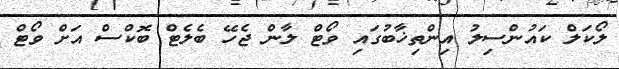
ލޯކަލް ކައުންސިލު އިންތިޚާބުގައި ވޯޓް ލާން ޖެހޭ ބެލެޓް ބޮކްސް އަށް ވޯޓް